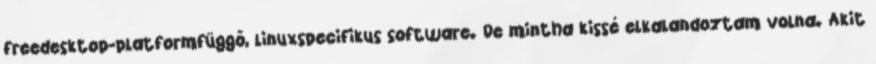
freedesktop-platformfüggő, linuxspecifikus software. De mintha kissé elkalandoztam volna. Akit